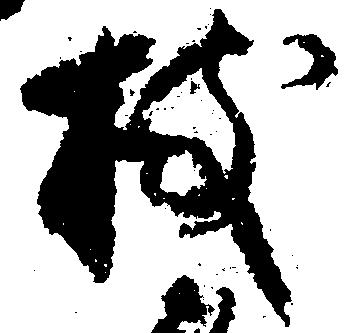
枝